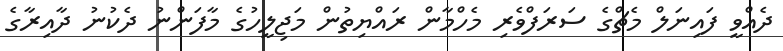
ދެއްވީ ފައިނަލް މެޗްގެ ސަރަފްވެރި މެހްމާން ރައްޔިތުން މަޖިލީހުގެ މާފަންނު ދެކުނު ދާއިރާގެ